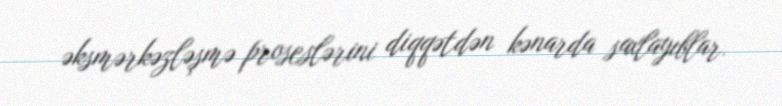
əksmərkəzləşmə proseslərini diqqətdən kənarda saxlayıblar.